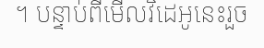
។ បន្ទាប់ពីមើលវិដេអូនេះរួច